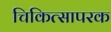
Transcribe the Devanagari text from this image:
चिकित्सापरक